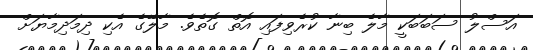
އަސްލު ސަބަބަކީ މާލެ ބިނާ ކުރެވިފައި އޮތް ގޮތެވެ. މާލޭގެ އެކި ދިމަދިމާޔަށް